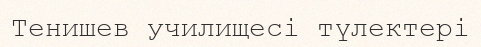
Тенишев училищесі түлектері